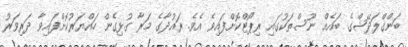
ބަންގްލަދޭޝްގެ ބައެއް ނޫސްތަކުގައި ރިޕޯޓްކޮށްފައިވެ އެވެ. ރައުދާގެ މަރާ ގުޅިގެން ހައްޔަރުކޮށްފައިވާ ދަރިވަރު